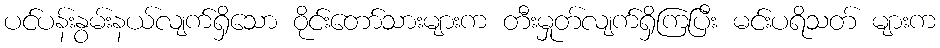
ပင်ပန်းနွမ်းနယ်လျက်ရှိသော ဝိုင်းတော်သားများက တီးမှုတ်လျက်ရှိကြပြီး မင်းပရိသတ် များက